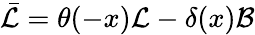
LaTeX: \bar{\mathcal{L}}=\theta(-x)\mathcal{L}-\delta(x)\mathcal{B}